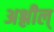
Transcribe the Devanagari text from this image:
अश्लील्